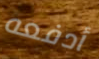
أدفعه